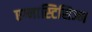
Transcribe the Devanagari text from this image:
एग्नास्टिसिज्म